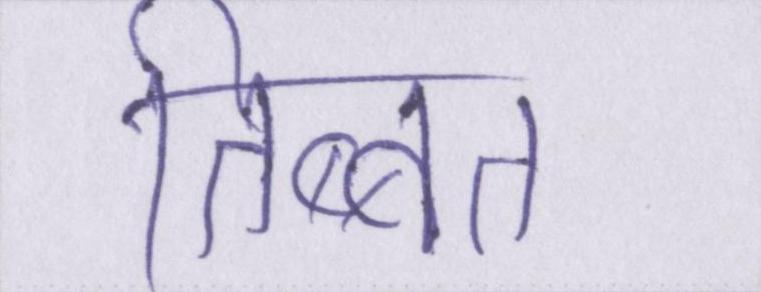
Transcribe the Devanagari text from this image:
तिब्बत